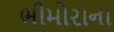
ભીમોરાના